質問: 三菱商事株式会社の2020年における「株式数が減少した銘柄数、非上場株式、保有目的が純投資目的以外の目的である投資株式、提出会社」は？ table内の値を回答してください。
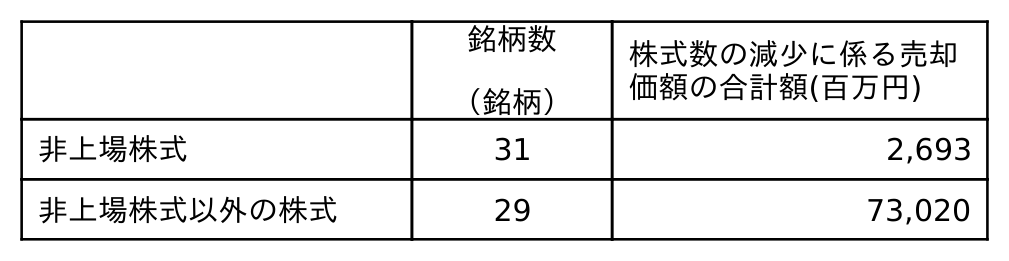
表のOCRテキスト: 銘柄数 （銘柄） 株式数の減少に係る売却 価額の合計額(百万円) 非上場株式 31 2,693 非上場株式以外の株式 29 73,020
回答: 31